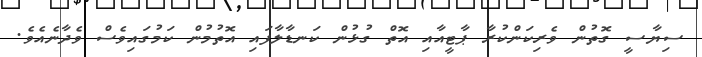
ސިޔާސީ ގޮތުން ވެރިކަންކުރާ ޕާޓީއާއި އޮތް ގުޅުން ކަނޑާލާފައި އޮތުމުން ކަމުގައިވެސް ވެދާނެއެވެ.